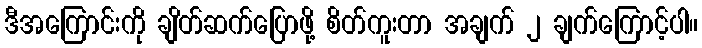
ဒီအကြောင်းကို ချိတ်ဆက်ပြောဖို့ စိတ်ကူးတာ အချက် ၂ ချက်ကြောင့်ပါ။